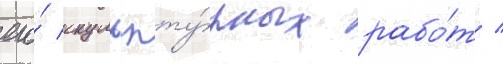
его́ скульпту́рных рабо́т /